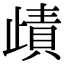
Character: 歵